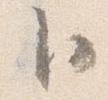
卜